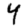
Digit: 4